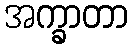
အက္ခာတာ